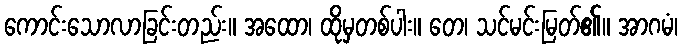
ကောင်းသောလာခြင်းတည်း။ အထော၊ ထိုမှတစ်ပါး။ တေ၊ သင်မင်းမြတ်၏။ အာဂမံ၊